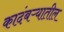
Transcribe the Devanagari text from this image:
कादंबऱ्यातील